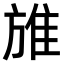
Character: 𨾔